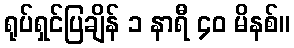
ရုပ်ရှင်ပြချိန် ၁ နာရီ ၄၀ မိနစ်။